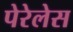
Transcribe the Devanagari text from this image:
पेरेलेस